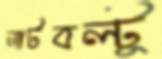
নাটবল্টু